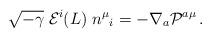
LaTeX: \begin{align*}\sqrt{-\gamma} \; {\cal E}^i (L) \; n^\mu{}_i =- \nabla_a {\cal P}^{a\mu}\,.\end{align*}